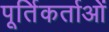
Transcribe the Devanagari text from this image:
पूर्तिकर्ताओं